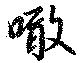
啖